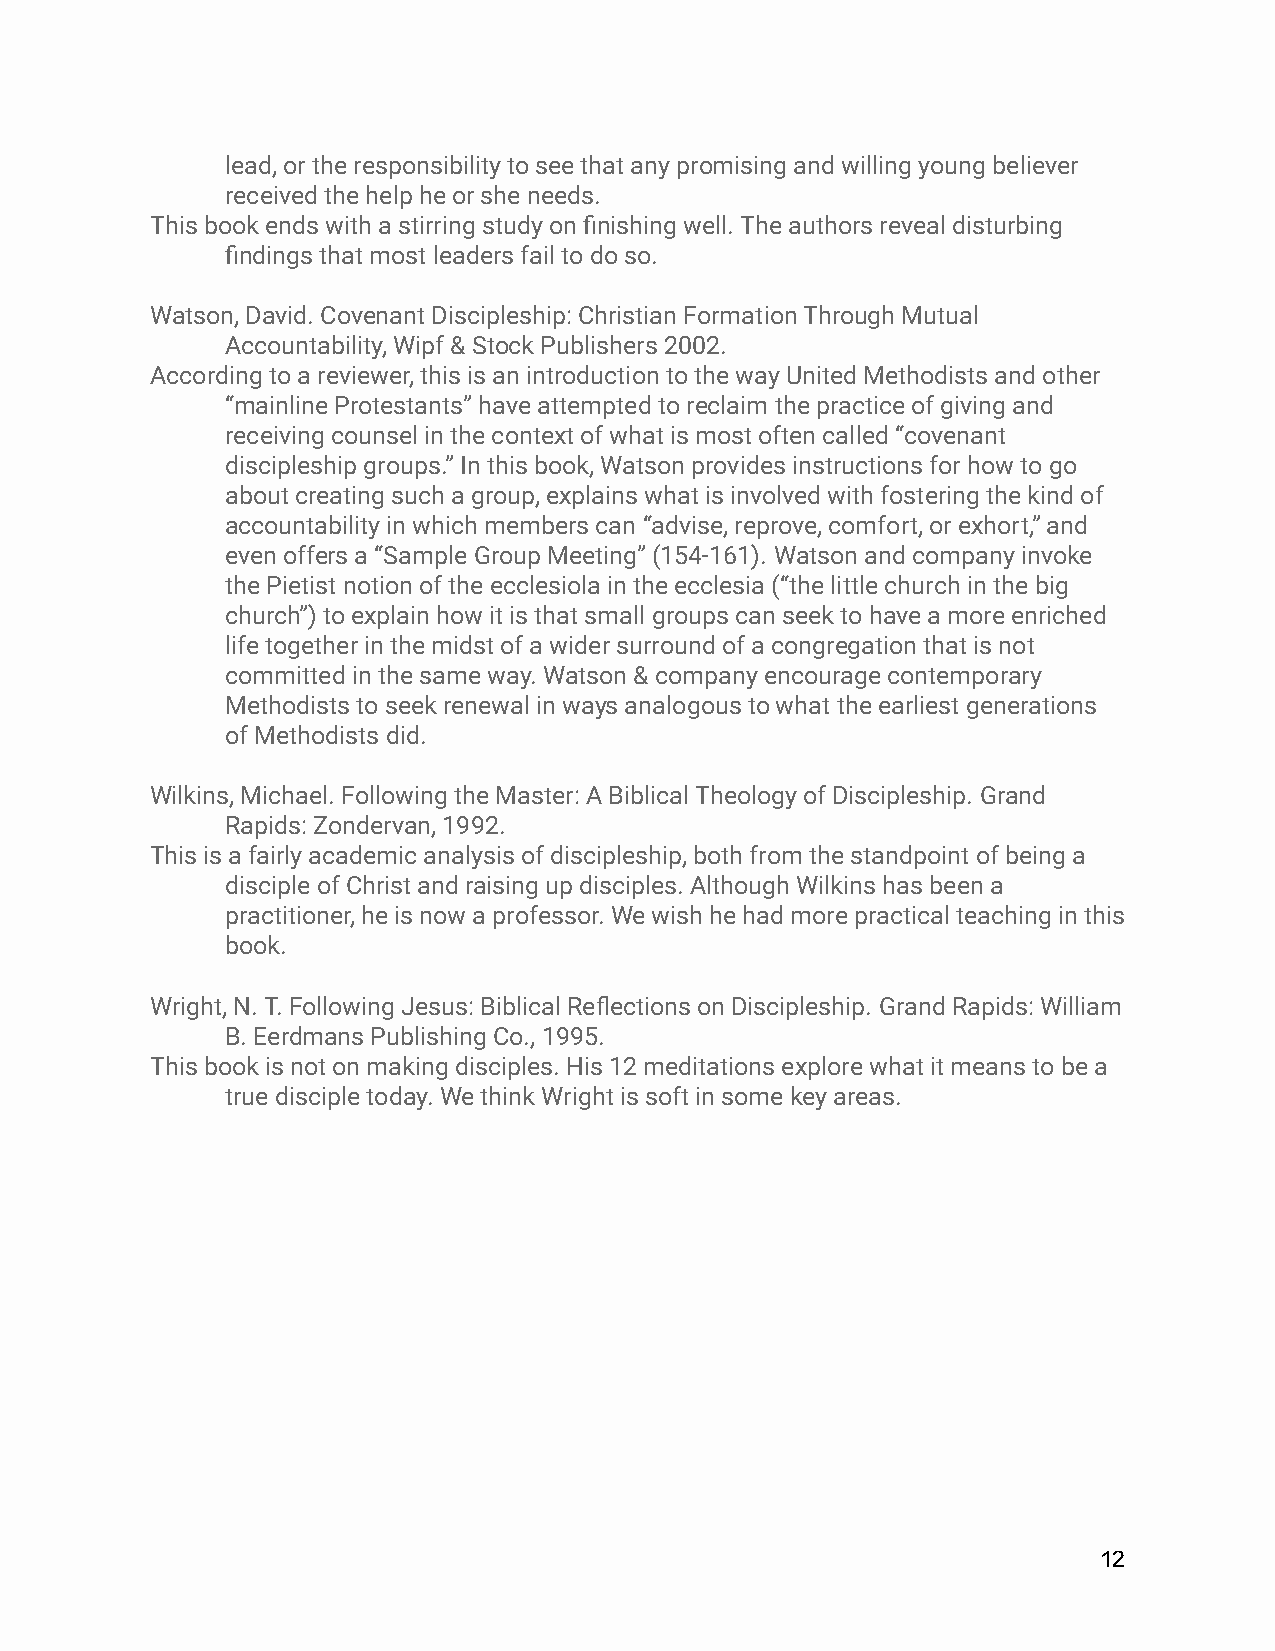
lead, or the responsibility to see that any promising and willing young believer
 received the help he or she needs.
 This book ends with a stirring study on finishing well. The authors reveal disturbing
 findings that most leaders fail to do so.
 Watson, David. Covenant Discipleship: Christian Formation Through Mutual
 Accountability, Wipf & Stock Publishers 2002.
 According to a reviewer, this is an introduction to the way United Methodists and other
 “mainline Protestants” have attempted to reclaim the practice of giving and
 receiving counsel in the context of what is most often called “covenant
 discipleship groups.” In this book, Watson provides instructions for how to go
 about creating such a group, explains what is involved with fostering the kind of
 accountability in which members can “advise, reprove, comfort, or exhort,” and
 even offers a “Sample Group Meeting” (154-161). Watson and company invoke
 the Pietist notion of the ecclesiola in the ecclesia (“the little church in the big
 church”) to explain how it is that small groups can seek to have a more enriched
 life together in the midst of a wider surround of a congregation that is not
 committed in the same way. Watson & company encourage contemporary
 Methodists to seek renewal in ways analogous to what the earliest generations
 of Methodists did.
 Wilkins, Michael. Following the Master: A Biblical Theology of Discipleship. Grand
 Rapids: Zondervan, 1992.
 This is a fairly academic analysis of discipleship, both from the standpoint of being a
 disciple of Christ and raising up disciples. Although Wilkins has been a
 practitioner, he is now a professor. We wish he had more practical teaching in this
 book.
 Wright, N. T. Following Jesus: Biblical Reflections on Discipleship. Grand Rapids: William
 B. Eerdmans Publishing Co., 1995.
 This book is not on making disciples. His 12 meditations explore what it means to be a
 true disciple today. We think Wright is soft in some key areas.
 12